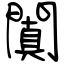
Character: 闐